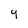
Character: y